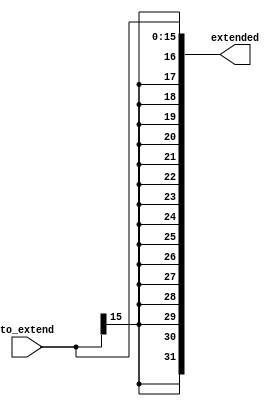
module SignExtend(to_extend, extended);
	
	input [15:0] to_extend;
	output [31:0] extended;

	assign extended[31:0] = { {16{to_extend[15]}}, to_extend[15:0] };
	
endmodule

module SignExtend_26_bit(to_extend, extended);

	input [25:0] to_extend;
	output [31:0] extended;
	
	assign extended[31:0] = { {6{to_extend[25]}}, to_extend[25:0]  };
endmodule